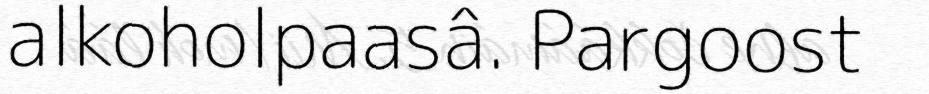
alkoholpaasâ. Pargoost